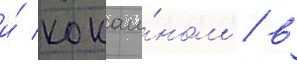
и́ кокаи́ном / в